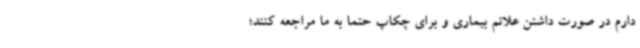
دارم در صورت داشتن علائم بیماری و برای چکاپ حتما به ما مراجعه کنند؛